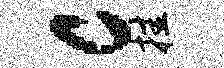
c挂